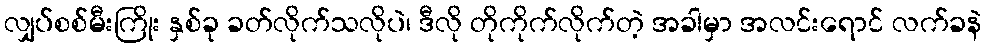
လျှပ်စစ်မီးကြိုး နှစ်ခု ခတ်လိုက်သလိုပဲ၊ ဒီလို တိုကိုက်လိုက်တဲ့ အခါမှာ အလင်းရောင် လက်ခနဲ